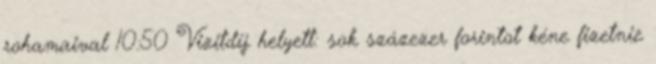
rohamaival 10:50 Vizitdíj helyett: sok százezer forintot kéne fizetnie